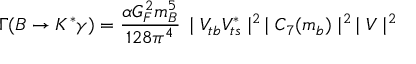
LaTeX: \Gamma ( B \rightarrow K ^ { * } \gamma ) = \frac { \alpha G _ { F } ^ { 2 } m _ { B } ^ { 5 } } { 1 2 8 \pi ^ { 4 } } \, \mid V _ { t b } V _ { t s } ^ { * } \mid ^ { 2 } \, \mid C _ { 7 } ( m _ { b } ) \mid ^ { 2 } \, \mid V \mid ^ { 2 }